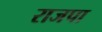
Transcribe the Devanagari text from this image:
राजपा